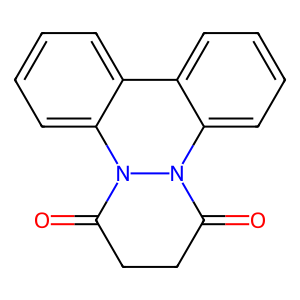
SMILES: O=C1CCC(=O)N2c3ccccc3-c3ccccc3N12
Inhibits HIV replication: No